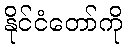
နိုင်ငံတော်ကို